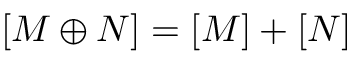
[ M \oplus N ] = [ M ] + [ N ]